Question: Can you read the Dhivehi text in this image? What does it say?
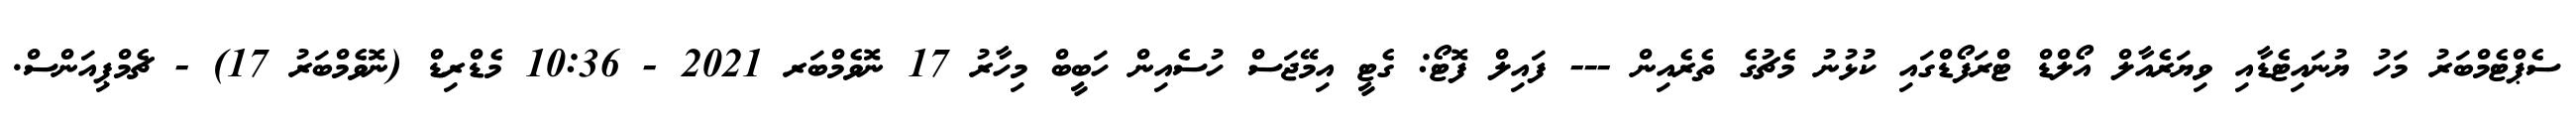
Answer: ސެޕްޓެމްބަރު މަހު ޔުނައިޓެޑާއި ވިޔަރެއާލް އޯލްޑް ޓްރަފޯޑްގައި ކުޅުނު މެޗުގެ ތެރެއިން --- ފައިލް ފޮޓޯ: ގެޓީ އިމޭޖަސް ހުސެއިން ހަބީބް މިހާރު 17 ނޮވެމްބަރ 2021 - 10:36 މެޑްރިޑް (ނޮވެމްބަރު 17) - ޗެމްޕިއަންސް.